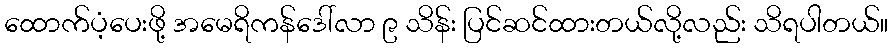
ထောက်ပံ့ပေးဖို့ အမေရိကန်ဒေါ်လာ ၉ သိန်း ပြင်ဆင်ထားတယ်လို့လည်း သိရပါတယ်။